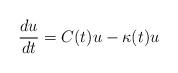
LaTeX: \begin{align*}\frac{du}{dt} = C(t) u - \kappa(t) u\end{align*}